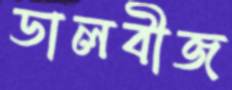
ডালবীজ